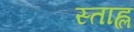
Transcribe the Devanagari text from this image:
स्ताह्ल